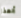
ألهذا